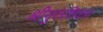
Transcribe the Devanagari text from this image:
श्रीगुरुंशिवाय